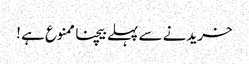
خریدنے سے پہلے بیچنا ممنوع ہے !